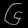
Digit: ၆